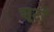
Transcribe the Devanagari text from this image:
शूटों